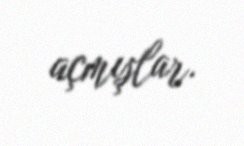
açmışlar.